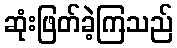
ဆုံးဖြတ်ခဲ့ကြသည်